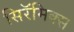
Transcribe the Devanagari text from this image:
सिरॅमिक्स